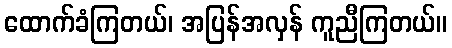
ထောက်ခံကြတယ်၊ အပြန်အလှန် ကူညီကြတယ်။